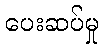
ပေးဆပ်မှု